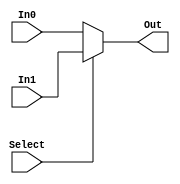
`timescale 1ns / 1ps
//////////////////////////////////////////////////////////////////////////////////
// Company: 
// Engineer: 
// 
// Design Name: 
// Module Name:    MUX5 
// Project Name: 
// Target Devices: 
// Tool versions: 
// Description: 
//
// Dependencies: 
//
// Revision: 
// Revision 0.01 - File Created
// Additional Comments: 
//
//////////////////////////////////////////////////////////////////////////////////
module MUX52(
    input [4:0] In0,
    input [4:0] In1,
    input Select,
	 output [4:0] Out
    );
	assign Out = (Select == 0)? In0:In1;
endmodule

module MUX53(
    input [4:0] In0,
    input [4:0] In1,
    input [4:0] In2,
    input [1:0]Select,
	 output [4:0] Out
    );
	assign Out = (Select == 0)? In0:(Select == 1? In1 : In2);
endmodule

module MUX322(
    input [31:0] In0,
    input [31:0] In1,
    input Select,
	 output [31:0] Out
    );
	assign Out = (Select == 0)? In0:In1;
endmodule

module MUX323(
    input [31:0] In0,
    input [31:0] In1,
    input [31:0] In2,
    input [1:0]Select,
	 output [31:0] Out
    );
	assign Out = (Select == 0)? In0:(Select == 1? In1 : In2);
endmodule

module MUX324(
    input [31:0] In0,
    input [31:0] In1,
    input [31:0] In2,
	 input [31:0] In3,
    input [1:0]Select,
	 output [31:0] Out
    );
	assign Out = (Select == 0)? In0:(Select == 1? In1 : (Select == 2? In2 : In3));
endmodule

module MUX328(
    input [31:0] In0,
    input [31:0] In1,
    input [31:0] In2,
	 input [31:0] In3,
    input [31:0] In4,
    input [31:0] In5,
    input [31:0] In6,
	 input [31:0] In7,
    input [2:0] Select,
	 output [31:0] Out
    );
    assign Out = Select == 0 ? In0 :
					  Select == 1 ? In1 :
					  Select == 2 ? In2 :
					  Select == 3 ? In3 :
					  Select == 4 ? In4 :
					  Select == 5 ? In5 :
					  Select == 6 ? In6 :
					  In7;
endmodule

module MUX54(
    input [4:0] In0,
    input [4:0] In1,
    input [4:0] In2,
	 input [4:0] In3,
    input [1:0]Select,
	 output [4:0] Out
    );
	assign Out = (Select == 0)? In0:(Select == 1? In1 : (Select == 2? In2 : In3));
endmodule